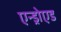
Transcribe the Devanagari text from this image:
एन्ड्रोएड